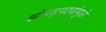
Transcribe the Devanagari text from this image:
झोपड्पट्यांमुळे